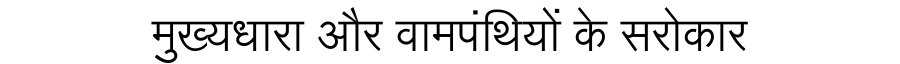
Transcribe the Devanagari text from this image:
मुख्यधारा और वामपंथियों के सरोकार